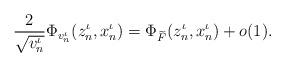
LaTeX: \begin{align*}\frac{2}{\sqrt{v^\iota_n}}\Phi_{v^\iota_n}(z^\iota_n, x^\iota_n) = \Phi_{\widetilde{F}}(z^\iota_n, x^\iota_n) + o(1).\end{align*}